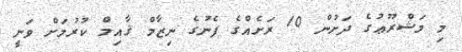
މި މަޝްރޫޢުގެ ދަށުން 10 ރަށެއްގެ ފެނުގެ ނިޒާމް ޤާއިމް ކުރުމަށް ވަނީ